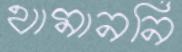
থামাননি